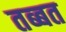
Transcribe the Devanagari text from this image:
तब्बत